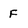
Character: f